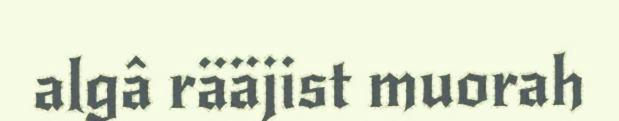
algâ rääjist muorah